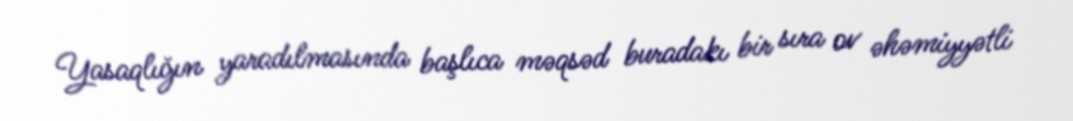
Yasaqlığın yaradılmasında başlıca məqsəd buradakı bir sıra ov əhəmiyyətli